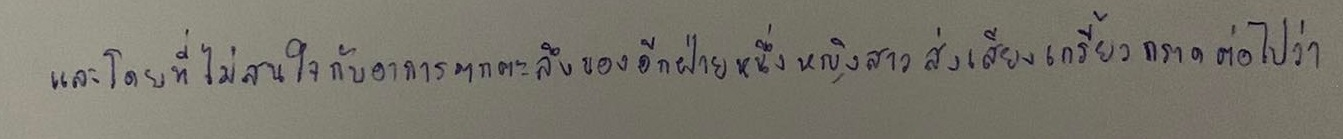
และโดยที่ไม่สนใจกับอาการตกตะลึงของอีกฝ่ายหนึ่งหญิงสาวส่งเสียงเกรี้ยวกราดต่อไปว่า